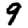
Digit: 9